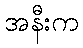
အနီးက